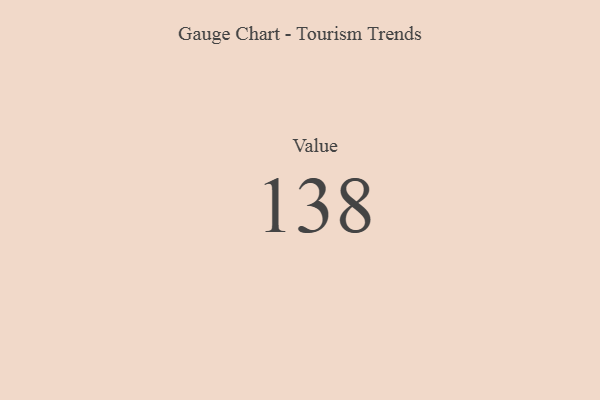
{"axis": {"x": "Metric", "y": "Value"}, "legend": [""], "data": [{"x": "Value", "y": 138, "type": ""}]}